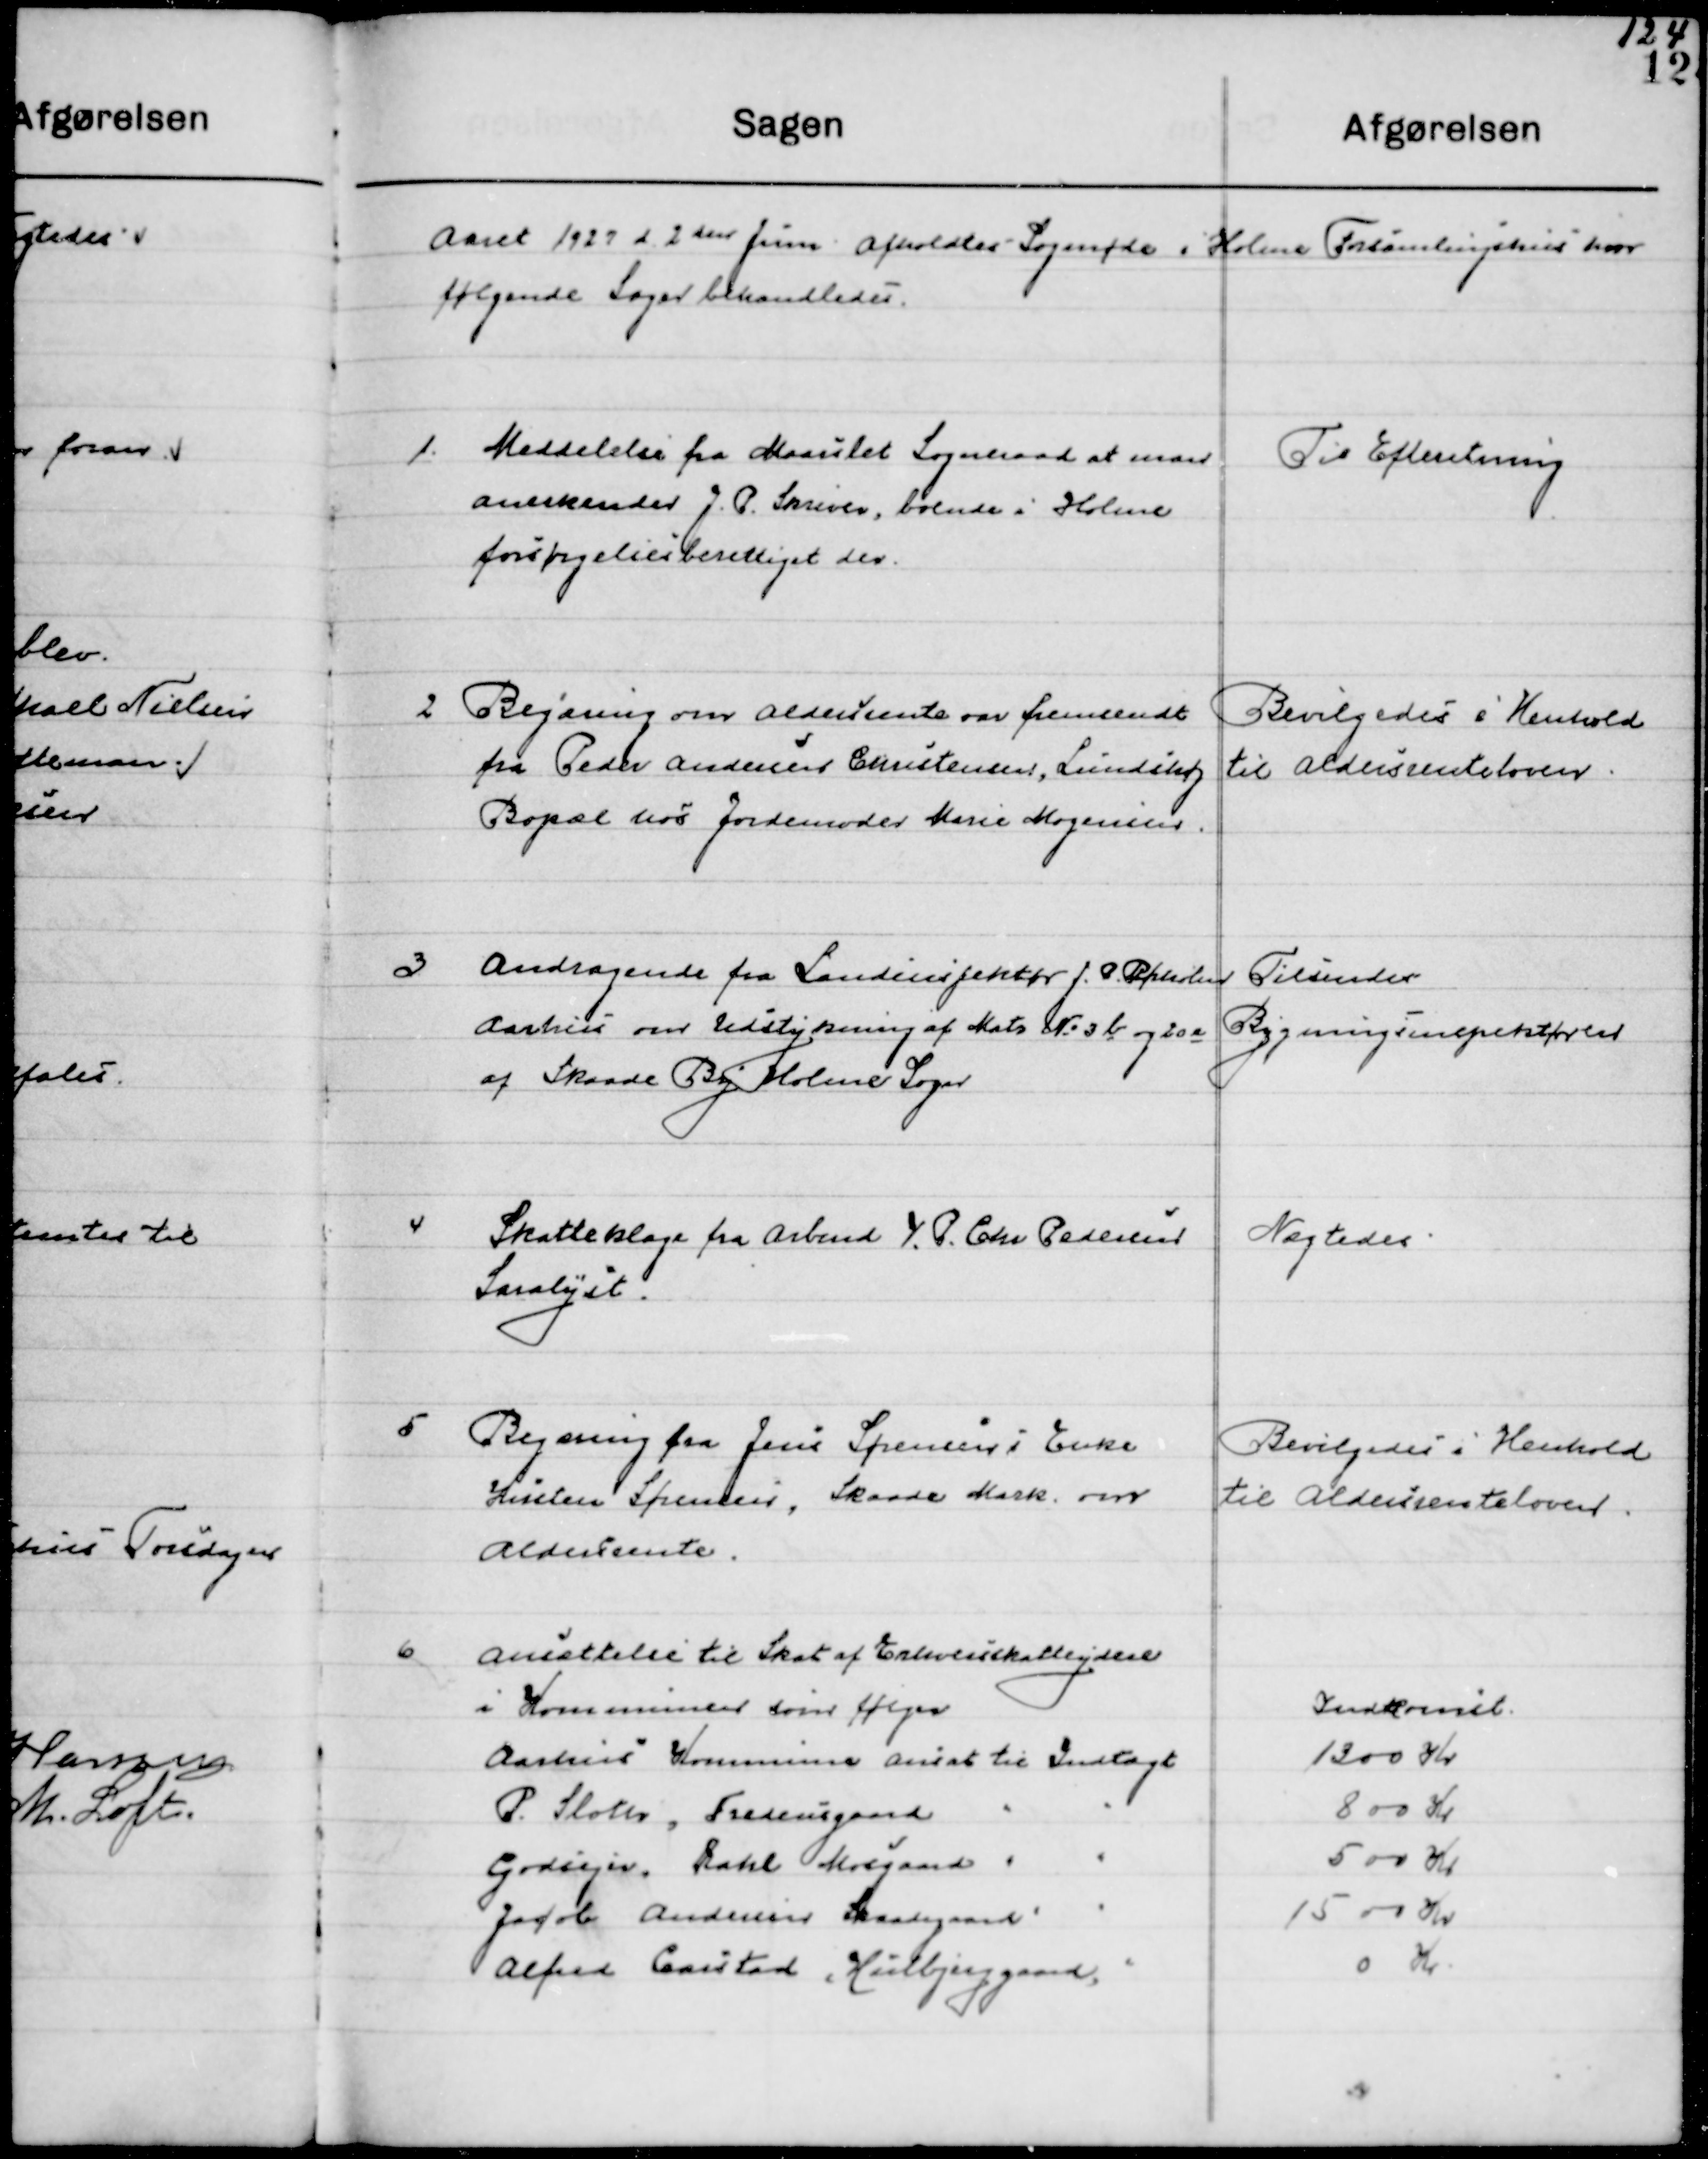
Transskription:
Aaret 1927 d. 2den Juni afholdt Sogneraadsmøde i Holme Forsamlingsbygning hvor 
følgende Sager behandledes.

1

Meddelelse fra Maaslet Sogneraad at man
Anerkender J. P. skiver, boende i Holme
Forsørgelsesberettiget der.

Til Efterretning

2

Begæring om Aldersrente var fremsendt
Fra Peder Andersen Christensen, Lundshøj 
Bopæl hos Jordemoder Marie Mogensen.

Bevilgedes i Henholdt
til Aldersrenteloven

3

Andragende fra Landinspektør J. P. Rørholm
Aarhus om Udstykning af Matr. Nr. 3 b og 20 a
af Skaade By Holme Sogn.

Tilsender
Bygningsinspektøren

4

Skatteklage fra Arbmd. I. P. Chr. Pedersen
Saralyst.

Nægtedes

5

Begæring fra Jens Sørensens i Enke
Kirsten Sørensen, Skaade Mark, om
Aldersrente.

Bevilgedes i Henholdt
til Aldersrenteloven

6